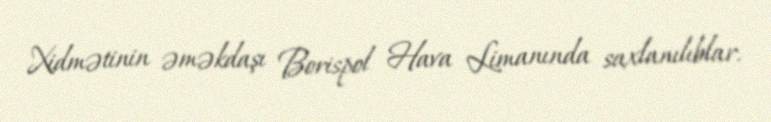
Xidmətinin əməkdaşı Borispol Hava Limanında saxlanılıblar.